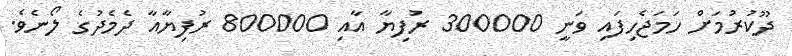
ދޫކުރުމަށް ހަމަޖެހިފައި ވަނީ 300000 ރުފިޔާ އާއި 800000 ރުފިޔާއާ ދެމެދުގެ ލޯނެވެ.